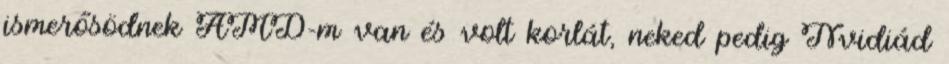
ismerősödnek AMD-m van és volt korlát, neked pedig Nvidiád